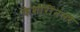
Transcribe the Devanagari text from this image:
केशारींनंतर